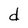
Character: d